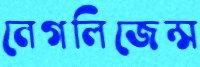
নেগলিজেন্স